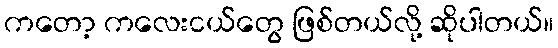
ကတော့ ကလေးငယ်တွေ ဖြစ်တယ်လို့ ဆိုပါတယ်။